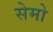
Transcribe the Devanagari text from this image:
सेमो